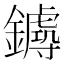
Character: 𨮡